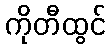
ကိုတီထွင်